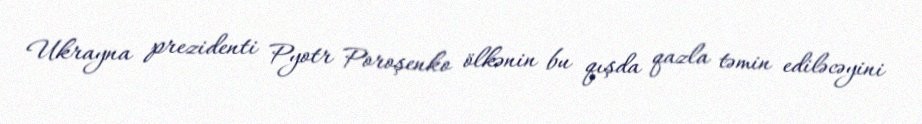
Ukrayna prezidenti Pyotr Poroşenko ölkənin bu qışda qazla təmin ediləcəyini